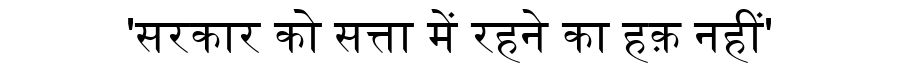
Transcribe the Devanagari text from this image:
'सरकार को सत्ता में रहने का हक़ नहीं'